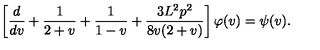
\left[ \frac { d } { d v } + \frac 1 { 2 + v } + \frac 1 { 1 - v } + \frac { 3 L ^ { 2 } p ^ { 2 } } { 8 v ( 2 + v ) } \right] \varphi ( v ) = \psi ( v ) .